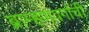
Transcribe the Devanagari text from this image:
ब्राम्हणवर्गाची